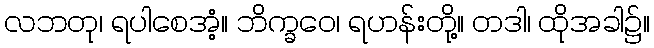
လဘတု၊ ရပါစေအံ့။ ဘိက္ခဝေ၊ ရဟန်းတို့။ တဒါ၊ ထိုအခါ၌။